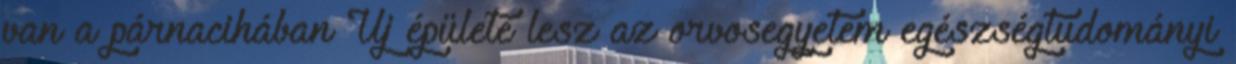
van a párnacihában Új épülete lesz az orvosegyetem egészségtudományi